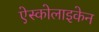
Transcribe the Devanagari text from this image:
ऐस्कोलाइकेन